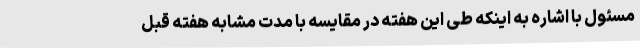
مسئول با اشاره به اینکه طی این هفته در مقایسه با مدت مشابه هفته قبل